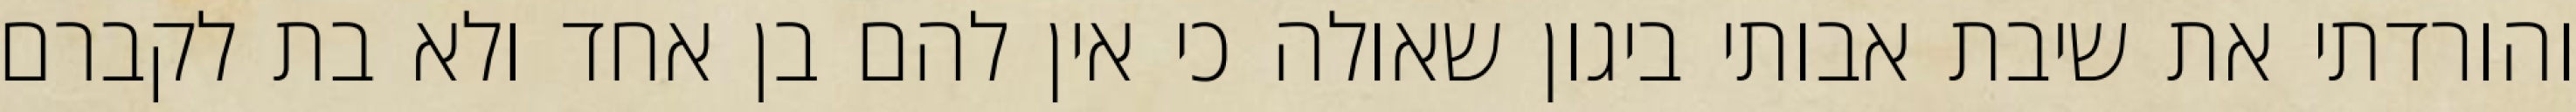
והורדתי את שיבת אבותי ביגון שאולה כי אין להם בן אחד ולא בת לקברם